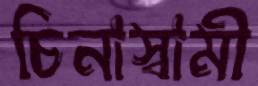
চিনাস্বামী